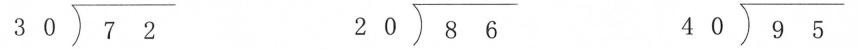
$$\longdiv { 7 2 } { 3 0 }$$ $$\longdiv { 8 6 } { 2 0 }$$ $$\longdiv { 9 5 } { 4 0 }$$